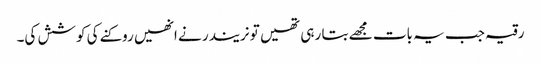
رقیہ جب یہ بات مجھے بتا رہی تھیں تو نریندر نے انھیں روکنے کی کوشش کی۔